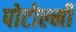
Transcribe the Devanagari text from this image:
पोटोल्मी